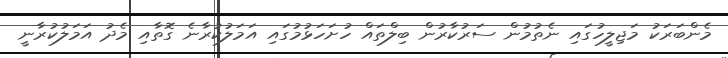
މެންބަރަކު މަޖިލީހުގައި ނެތުމުން ސަރުކާރުން ބިލްތައް ހުށަހަޅުމުގައި އަމަލުކުރާނެ ގޮތާއި މެދު އަމަލުކުރާނީ